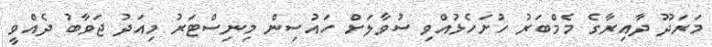
މަރަދޫ ދާއިރާގެ މެމްބަރު ހުށަހެޅުއްވި ސުވާލަށް ހައުސިން މިނިސްޓަރު މިއަދު ޖަވާބު ދެއްވީ